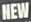
NEW